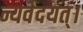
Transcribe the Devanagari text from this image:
न्यवेदयत्।